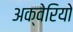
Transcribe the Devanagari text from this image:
अक्वेरियो